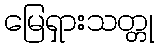
မြေရှားသတ္တု